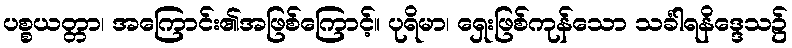
ပစ္စယတ္တာ၊ အကြောင်း၏အဖြစ်ကြောင့်။ ပုရိမာ၊ ရှေးဖြစ်ကုန်သော သင်္ခါရနိဒ္ဒေသ၌